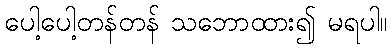
ပေါ့ပေါ့တန်တန် သဘောထား၍ မရပါ။